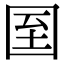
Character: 𡇓